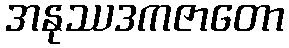
အနုဿဒကဇာတော